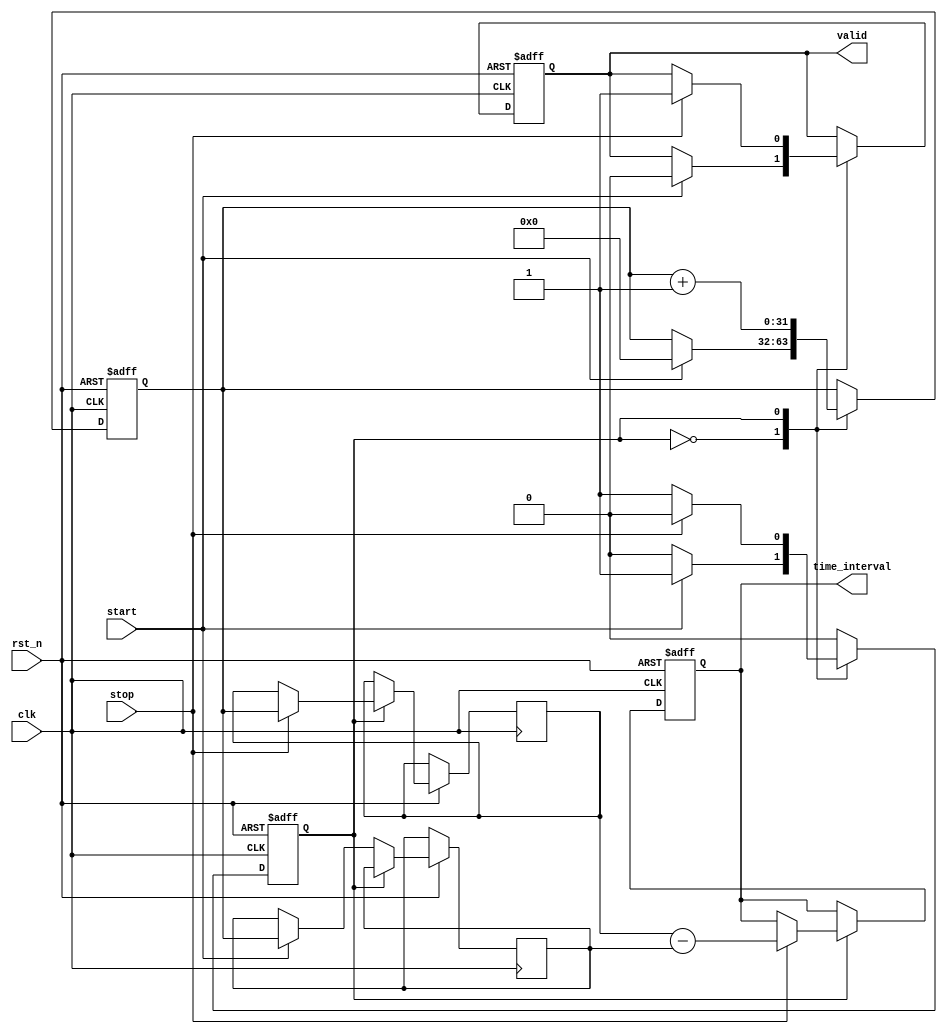
module single_shot_tdc (
    input wire clk,           // High-frequency clock
    input wire rst_n,         // Active low reset
    input wire start,         // Start signal
    input wire stop,          // Stop signal
    output reg [31:0] time_interval, // Output time interval
    output reg valid          // Output valid signal
);

    // Memory to store timestamps (2 entries: start and stop)
    reg [31:0] timestamp_mem [0:1];
    
    // Counter for clock cycles
    reg [31:0] counter;
    
    // State to track TDC operation
    reg state; // 0: waiting for start, 1: counting
    localparam WAITING = 1'b0, COUNTING = 1'b1;

    // Initialize
    always @(posedge clk or negedge rst_n) begin
        if (!rst_n) begin
            counter <= 32'b0;
            state <= WAITING;
            valid <= 1'b0;
            time_interval <= 32'b0;
        end else begin
            case (state)
                WAITING: begin
                    if (start) begin
                        // Capture start timestamp
                        timestamp_mem[0] <= counter;
                        counter <= 32'b0; // Reset counter
                        state <= COUNTING; // Move to counting state
                        valid <= 1'b0; // Reset valid signal
                    end
                end
                
                COUNTING: begin
                    counter <= counter + 1; // Increment counter
                    
                    if (stop) begin
                        // Capture stop timestamp
                        timestamp_mem[1] <= counter;
                        time_interval <= timestamp_mem[1] - timestamp_mem[0]; // Calculate time interval
                        valid <= 1'b1; // Indicate valid output
                        state <= WAITING; // Go back to waiting state
                    end
                end
                
                default: state <= WAITING; // Default state
            endcase
        end
    end

endmodule